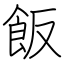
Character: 飯